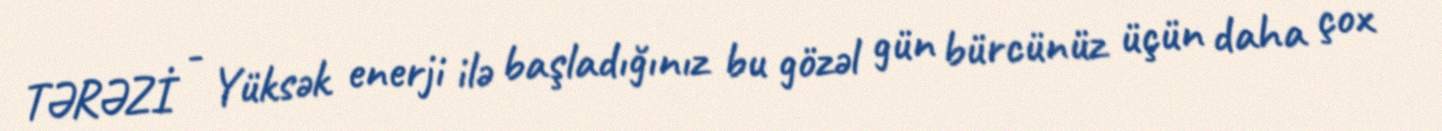
TƏRƏZİ - Yüksək enerji ilə başladığınız bu gözəl gün bürcünüz üçün daha çox